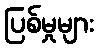
ပြစ်မှုများ